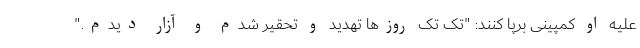
علیه او کمپینی برپا کنند: "تک تک روزها تهدید و تحقیر شدم و آزار دیدم."